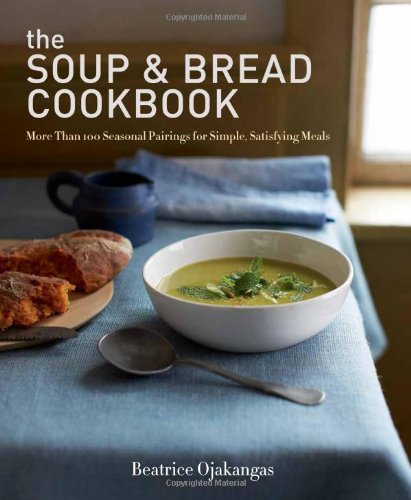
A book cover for The Soup & Bread Cookbook: More Than 100 Seasonal Pairings for Simple, Satisfying Meals; Beatrice Ojakangas; Cookbooks, Food & Wine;